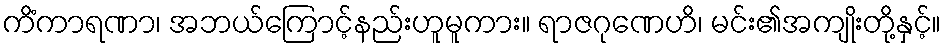
ကိံကာရဏာ၊ အဘယ်ကြောင့်နည်းဟူမူကား။ ရာဇဂုဏေဟိ၊ မင်း၏အကျိုးတို့နှင့်။